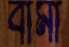
বার্মা